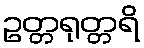
ဥတ္တရုတ္တရိ